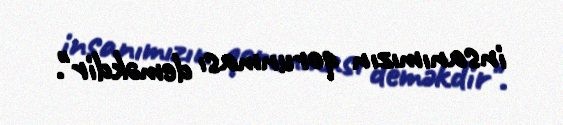
insanımızın qorunması deməkdir".